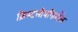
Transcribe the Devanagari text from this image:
क्रिस्टलीयफिनॉल